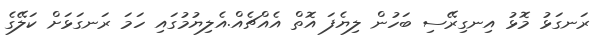
ރަނގަޅު މޮޅު އިނގިރޭސި ބަހުން ލިޔެފަ އޮތް އެއްޗެއް.އެލިޔުމުގައި ހަމަ ރަނގަޅަށް ކަލޭގެ